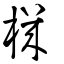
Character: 機